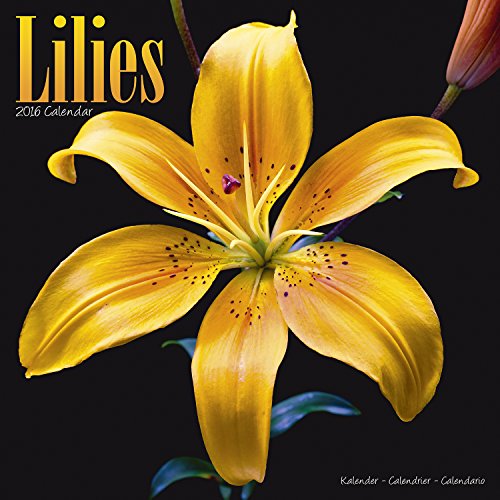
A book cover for Lilies Calendar - 2016 Wall calendars - Garden Calendars - Flower Calendar - Monthly Wall Calendar by Avonside; MegaCalendars; Calendars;